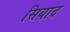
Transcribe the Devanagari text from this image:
सियाद